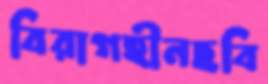
বিরাগহীনছবি